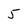
Character: 5